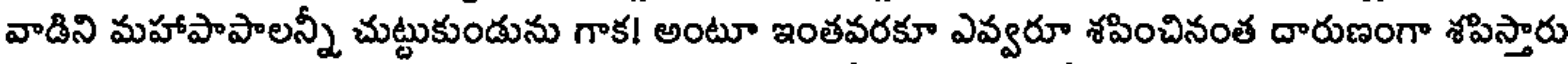
వాడిని మహాపాపాలన్నీ చుట్టుకుండును గాక! అంటూ ఇంతవరకూ ఎవ్వరూ శపించినంత దారుణంగా శపిస్తారు